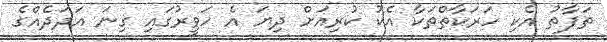
ތަފާތު އެކި ހަރަކާތްތަކާ އެކު ކުރިއަށް ދިޔަ އެ ހަވީރުގައި ގިނަ އަދަދެއްގެ